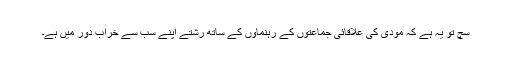
سچ تو یہ ہے کہ مودی کی علاقائی جماعتوں کے رہنماؤں کے ساتھ رشتے اپنے سب سے خراب دور میں ہے۔